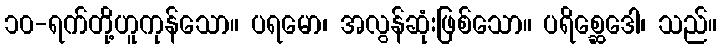
၁၀-ရက်တို့ဟူကုန်သော။ ပရမော၊ အလွန်ဆုံးဖြစ်သော။ ပရိစ္ဆေဒေါ၊ သည်။